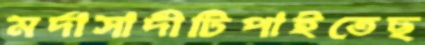
মর্দাসাদীটিপাইতেছ